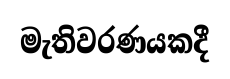
මැතිවරණයකදී